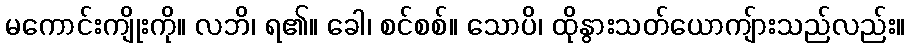
မကောင်းကျိုးကို။ လဘိ၊ ရ၏။ ခေါ၊ စင်စစ်။ သောပိ၊ ထိုနွားသတ်ယောကျ်ားသည်လည်း။